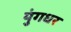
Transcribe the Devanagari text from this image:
युंगधर